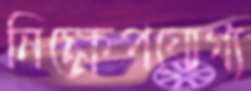
নিক্ষেপযোগ্য